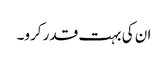
ان کی بہت قدر کرو۔